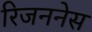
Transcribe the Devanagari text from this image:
रिजननेस